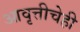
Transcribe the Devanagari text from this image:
आवृत्तीचेही